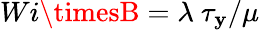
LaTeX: Wi\timesB=\lambda~\tau_{\mathbf{y}}/\mu